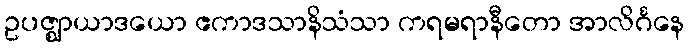
ဥပဇ္ဈာယာဒယော ဧကာဒသာနိသံသာ ကရမရာနီတော အာလိင်္ဂနေ